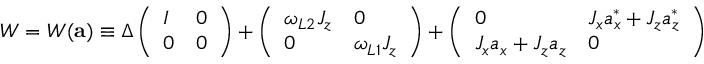
W = W ( { \bf a } ) \equiv \Delta \left( \begin{array} { l l } { I } & { 0 } \\ { 0 } & { 0 } \end{array} \right) + \left( \begin{array} { l l } { \omega _ { L 2 } J _ { z } } & { 0 } \\ { 0 } & { \omega _ { L 1 } J _ { z } } \end{array} \right) + \left( \begin{array} { l l } { 0 } & { J _ { x } a _ { x } ^ { \ast } + J _ { z } a _ { z } ^ { \ast } } \\ { J _ { x } a _ { x } + J _ { z } a _ { z } } & { 0 } \end{array} \right)